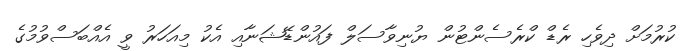
ކުރުމަށް ދިވެހި ރެޑް ކްރެސެންޓުން ޔުނިވާސަލް ފައުންޑޭޝަނާއި އެކު މިއަހަރު ވީ އެއްބަސްވުމުގެ